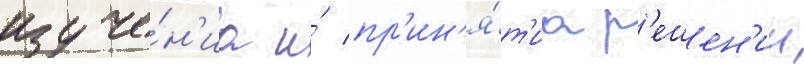
изуче́н'иа и́ пр'ин'я́т'иа р'ешен'ии